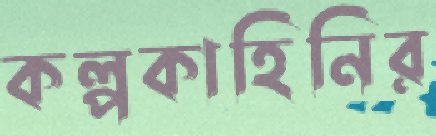
কল্পকাহিনির